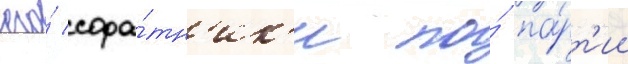
его́ сора́тн'ик'и по́ па́рт'ии